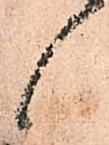
候